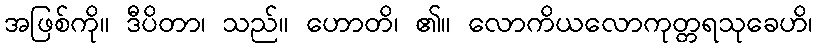
အဖြစ်ကို။ ဒီပိတာ၊ သည်။ ဟောတိ၊ ၏။ လောကိယလောကုတ္တရသုခေဟိ၊